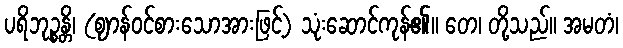
ပရိဘုဉ္စန္တိ၊ (ဈာန်ဝင်စားသောအားဖြင့်) သုံးဆောင်ကုန်၏။ တေ၊ တို့သည်။ အမတံ၊